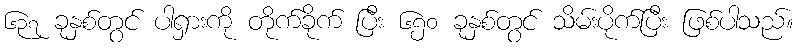
၆၃၇ ခုနှစ်တွင် ပါရှားကို တိုက်ခိုက် ပြီး ၆၅၀ ခုနှစ်တွင် သိမ်းပိုက်ပြီး ဖြစ်ပါသည်။